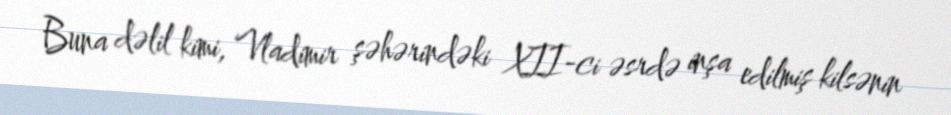
Buna dəlil kimi, Vladimir şəhərindəki XII-ci əsrdə inşa edilmiş kilsənin